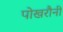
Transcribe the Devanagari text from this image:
पोखरौनी